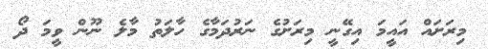
މިރަށައް އައީމަ އިގޭނީ މިރަށުގެ ނަރުދަމާގެ ހާލަތު މާލެ ނޫން ވީމަ ދޯ